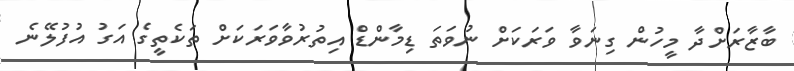
ބާޒާރަށްދާ މީހުން ގިނަވާ ވަރަކަށް ނުވަތަ ޑިމާންޑް އިތުރުވާވަރަކަށް ތަކެތީގެ އަގު އުފުލޭނެ